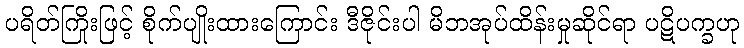
ပရိတ်ကြိုးဖြင့် စိုက်ပျိုးထားကြောင်း ဒီဇိုင်းပါ မိဘအုပ်ထိန်းမှုဆိုင်ရာ ပဋိပက္ခဟု